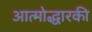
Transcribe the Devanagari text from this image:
आत्मोद्धारकी